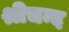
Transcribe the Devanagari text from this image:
श्रीचन्द